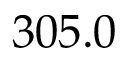
3 0 5 . 0